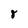
Character: 8